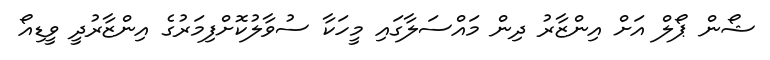
ޝޯން ޕޯލް އަށް އިންޒާރު ދިން މައްސަލާގައި މީހަކާ ސުވާލުކޮށްފިމަރުގެ އިންޒާރުދީ ވީޑިއޯ